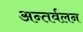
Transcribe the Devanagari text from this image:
अन्तर्वलन